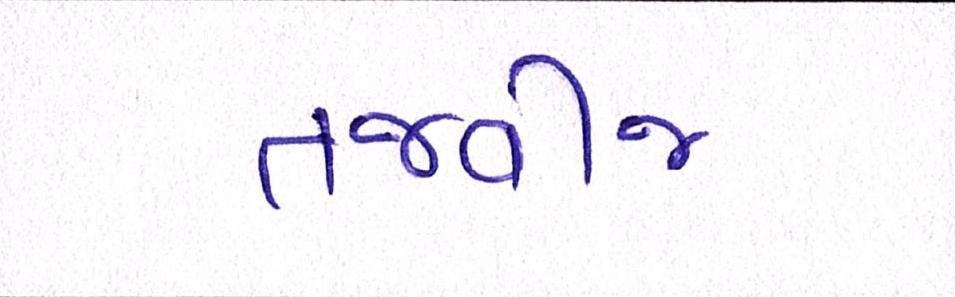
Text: તજવીજ